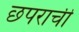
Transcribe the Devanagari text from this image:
छपराची